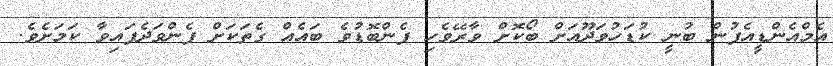
އެމްއެންޑީއެފުން ބުނީ ކުޑަހުވަދޫއަށް ބޯކޮށް ވާރޭވެހި ފެންބޮޑުވެ ބައެއް ގެތަކަށް ފެންވަދެފައިވާ ކަމަށެވެ.